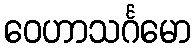
ဝေဟာသင်္ဂမော